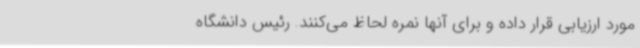
مورد ارزیابی قرار داده و برای آنها نمره لحاظ می‌کنند. رئیس دانشگاه